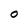
Character: O